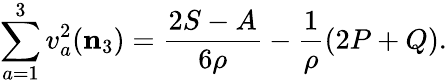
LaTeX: \sum_{a=1}^{3}v_{a}^{2}({\mathbf{n}_{3}})=\frac{2S-A}{6\rho}-\frac 1{\rho}(2P+Q).